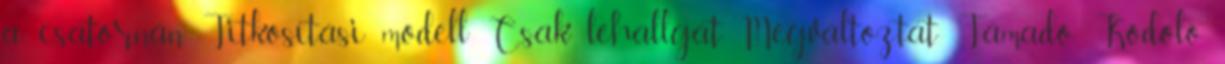
a csatornán Titkosítási modell Csak lehallgat Megváltoztat Támadó Kódoló